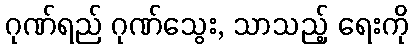
ဂုဏ်ရည် ဂုဏ်သွေး, သာသည့် ရေးကို